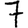
Digit: 7